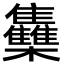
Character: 雧